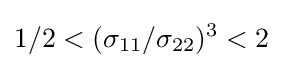
1/2<(\sigma _{11}/\sigma _{22})^{3}<2